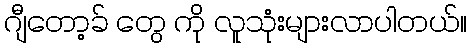
ဂျီတော့ခ် တွေ ကို လူသုံးများလာပါတယ်။